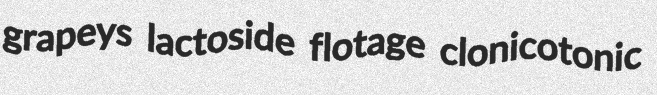
grapeys lactoside flotage clonicotonic